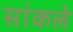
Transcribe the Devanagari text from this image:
सांकले